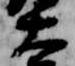
大